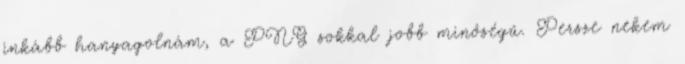
inkább hanyagolnám, a PNG sokkal jobb minőségű. Persze nekem